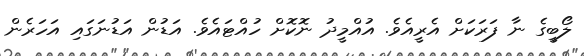
ލޯބީގެ ނާ ފަރަކަށް އެރީއެވެ. އުއްމީދު ނޮކޮށް ހުއްޓައެވެ. އަޑުން އަޑުނަގައި އަހަރެން